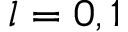
l = 0 , 1